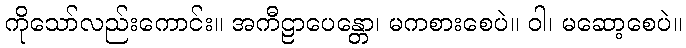
ကိုသော်လည်းကောင်း။ အကီဠာပေန္တော၊ မကစားစေပဲ။ ဝါ၊ မဆော့စေပဲ။